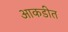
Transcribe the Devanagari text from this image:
आकडीत